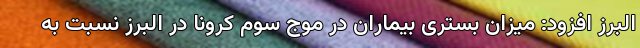
البرز افزود: میزان بستری بیماران در موج سوم کرونا در البرز نسبت به